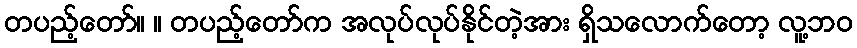
တပည့်တော်။ ။ တပည့်တော်က အလုပ်လုပ်နိုင်တဲ့အား ရှိသလောက်တော့ လူ့ဘဝ